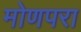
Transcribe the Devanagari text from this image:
मोणपरा